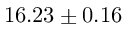
1 6 . 2 3 \pm 0 . 1 6